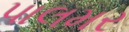
પાલમર